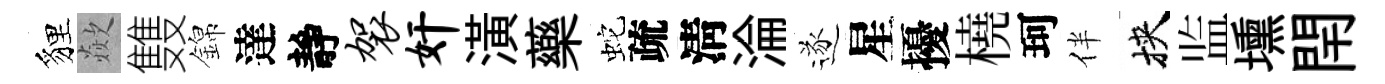
貍歘䨇錦達靜袈奸潢藥蛇疏淸淪遂星擾橈珂伴挾监壎閈